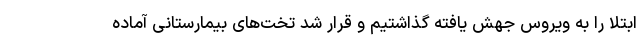
ابتلا را به ویروس جهش یافته گذاشتیم و قرار شد تخت‌های بیمارستانی آماده